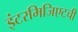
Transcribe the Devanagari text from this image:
इंटरमिजिएटची